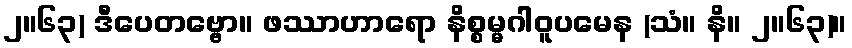
၂။၆၃) ဒီပေတဗ္ဗော။ ဖဿာဟာရော နိစ္စမ္မဂါဝူပမေန (သံ။ နိ။ ၂။၆၃)။